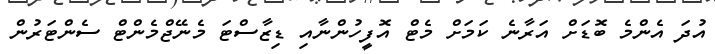
އުދަ އެންމެ ބޮޑަށް އަރާނެ ކަމަށް މެޓް އޮފީހުންނާއި ޑިޒާސްޓަ މެނޭޖްމެންޓް ސެންޓަރުން